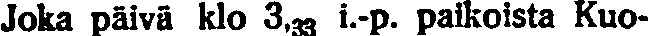
Joka päivä klo 3,33 i.-p. paikoista Kuo-